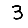
Digit: 3